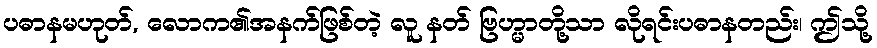
ပဓာနမဟုတ်, လောက၏အနက်ဖြစ်တဲ့ လူ နတ် ဗြဟ္မာတို့သာ လိုရင်းပဓာနတည်း၊ ဤသို့